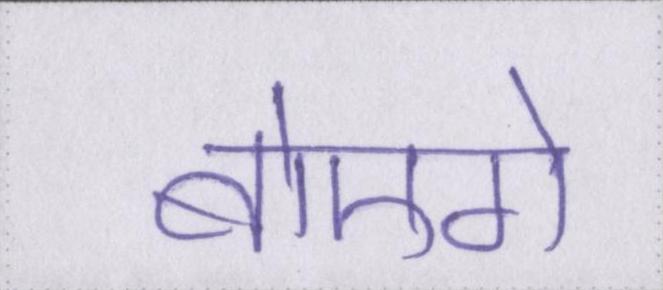
बोएगे